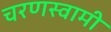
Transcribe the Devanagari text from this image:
चरणस्वामी